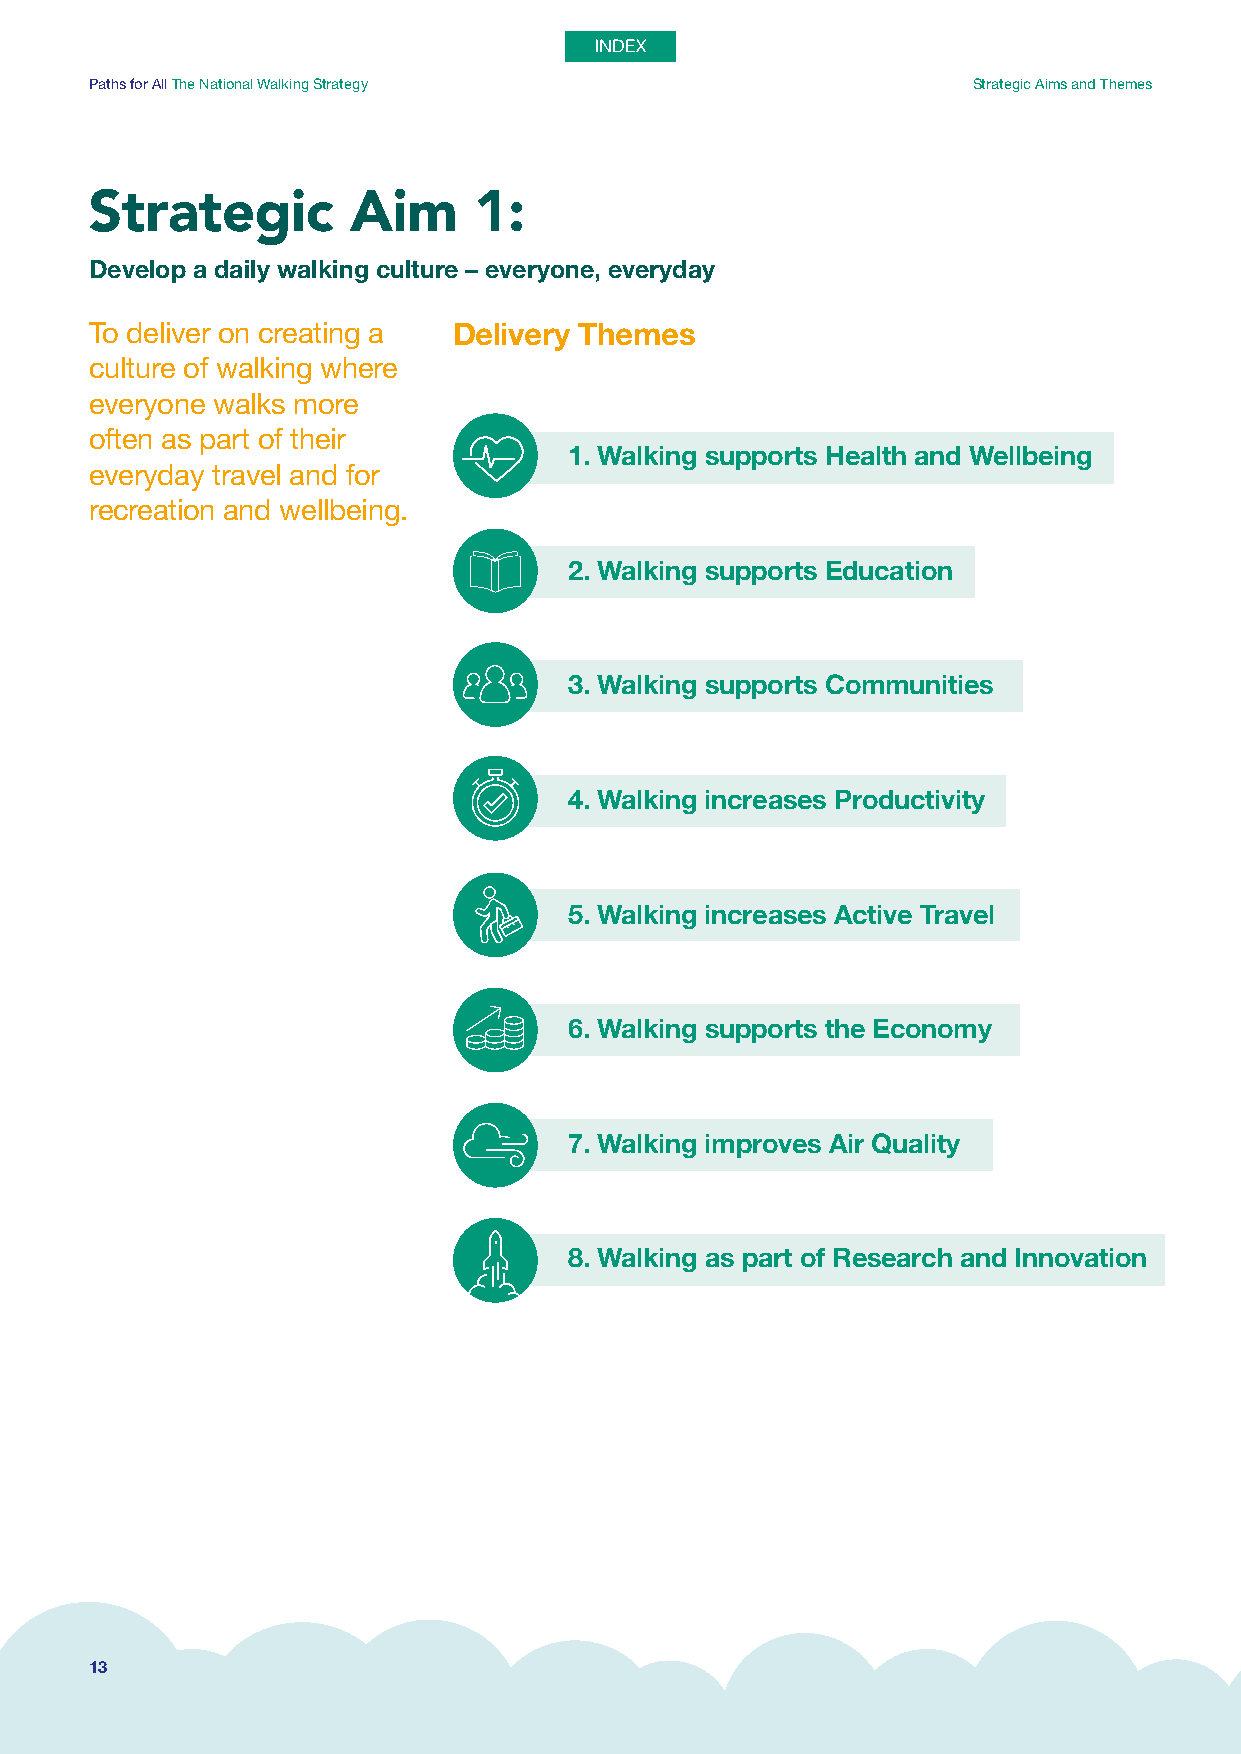
Paths for All The National Walking Strategy               Strategic Aims and Themes
 Strategic        Aim     1:
 Develop a daily walking culture – everyone, everyday
 To deliver on creating a Delivery Themes
 culture of walking where
 everyone walks more
 often as part of their
 1. Walking supports Health and Wellbeing
 everyday travel and for
 recreation and wellbeing.
 2. Walking supports Education
 3. Walking supports Communities
 4. Walking increases Productivity
 5. Walking increases Active Travel
 6. Walking supports the Economy
 7. Walking improves Air Quality
 8. Walking as part of Research and Innovation
 13